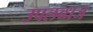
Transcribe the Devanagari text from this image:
उपलब्धज